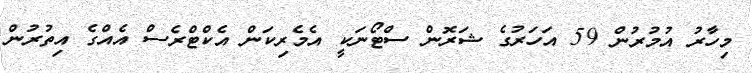
މިހާރު އުމުރުން 59 އަހަރުގެ ޝަރޮން ސްޓޯނަކީ އެމެރިކަން އެކްޓްރެސް އެއްގެ އިތުރުން